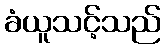
ခံယူသင့်သည်